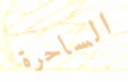
الساحرة